Report on vaccination North-West Frontier Province 1904-1922 - 1904-1922
Year: 1904
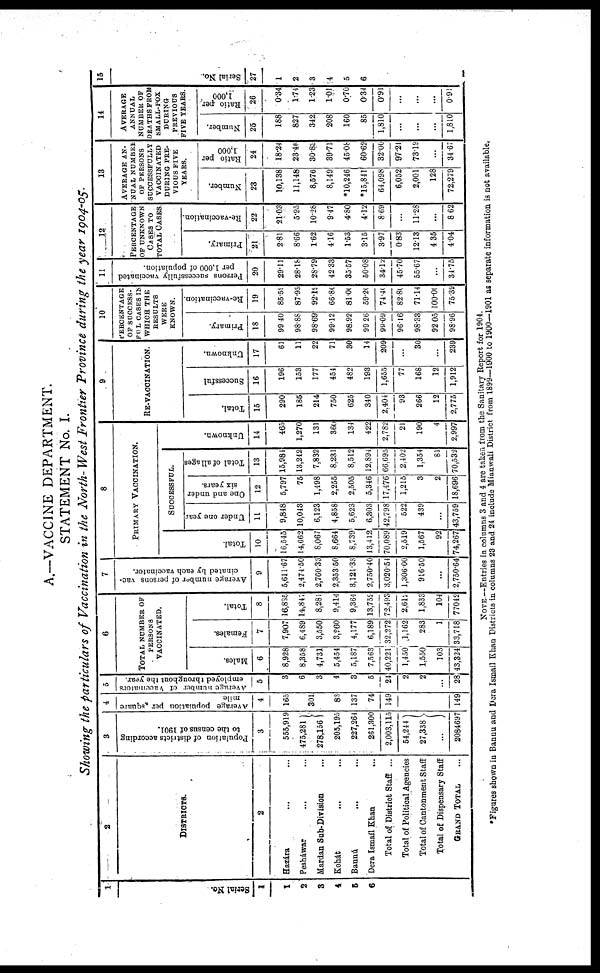
A.—VACCINE DEPARTMENT.
STATEMENT No. I.
Showing the particulars of Vaccination in the North- West Frontier Province during the year 1904-05.
1
Serial No.
1
1
2
3
4
5
6
2
DISTRICTS.
2
Hazára ... ...
Pesháwar ... ...
Mardan Sub-Division ...
Kohát ... ...
Bannú ... ...
Dera Ismaíl Khan ...
Total of District Staff ...
Total of Political Agencies
Total of Cantonment Staff
Total of Dispensary Staff
GRAND TOTAL ...
3
Population of districts according
to the census of 1901.
3
555,919
475,281
278,156
205,195
227,264
261,300
2,003,115
54,244
27,338
...
2084697
4
Average population per square
mile.
4
165
301
83
137
74
149
149
5
Average number of Vaccinators
employed throughout the year.
5
3
6
3
4
3
5
24
2
2
...
28
6
TOTAL NUMBER OF
PERSONS
VACCINATED.
Males.
6
8,928
8,358
4,731
5,454
5,187
7,563
40,221
1,450
1,550
103
43,324
Females.
7
7,907
6,489
3,550
3,960
4,177
6,189
32,272
1,162
283
1
33,718
Total.
8
16,835
14,847
8,281
9,414
9,364
13,752
72,493
2,612
1,833
104
77042
7
Average number of persons vac-
cinated by each vaccinator.
9
5,611.67
2,474.50
2,760.33
2,353.50
3,121.33
2,750.40
3,020.54
1,306.00
916.50
...
2,750.64
8
PRIMARY VACCINATION.
Total.
10
16,545
14,662
8,067
8,664
8,739
13,412
70,089
2,519
1,567
92
74,267
SUCCESSFUL.
Under one year
11
9,848
10,043
6,123
4,858
5,623
6,303
42,798
522
439
...
43,759
One and under
six years.
12
5,797
75
1,498
2,255
2,505
5,346
17,476
1,215
3
2
18,696
Total of all ages
13
15,984
13,242
7,832
8,231
8,512
12,894
66,695
2,402
1,354
81
70,532
Unknown.
14
465
1,270
131
360
134
422
2,782
21
190
4
2,997
9
RE-VACCINATION.
Total.
15
290
185
214
750
625
340
2,404
93
266
12
2,775
Successful
16
196
153
177
454
482
193
1,655
77
168
12
1,912
Unknown.
17
61
11
22
71
30
14
209
...
30
...
239
10
PERCENTAGE
OF SUCCESS-
FUL CASES IN
WHICH THE
RESULTS
WERE
KNOWN.
Primary.
18
99.40
98.88
98.69
99.12
98.92
99.26
99.09
96.16
98.33
92.05
98.96
Re-vaccination.
19
85.59
87.93
92.19
66.80
81.00
59.20
74.40
82.80
71.14
100.00
75.39
11
Persons successfully vaccinated
per 1,000 of population.
20
29.11
28.18
28.79
42.33
35.57
50.08
34.12
45.70
55.67
...
34.75
12
PERCENTAGE
OF UNKNOWN
CASES TO
TOTAL CASES
Primary.
21
2.81
8.66
1.62
4.16
1.53
3.15
3.97
0.83
12.13
4.35
4.04
Re-vaccination.
22
21.03
5.95
10.28
9.47
4.80
4.12
8.69
...
11.28
...
8.62
13
AVERAGE AN-
NUAL NUMBER
OF PERSONS
SUCCESSFULLY
VACCINATED
DURING PRE-
VIOUS FIVE
YEARS.
Number.
23
10,138
11,148
8,576
8,149
*10,246
*15,841
64,098
6,052
2,001
128
72,279
Ratio per
1,000
24
18.24
23.46
30.83
39.71
45.08
60.62
32.00
97.21
73.19
...
34.67
14
AVERAGE
ANNUAL
NUMBER OF
DEATHS FROM
SMALL-POX
DURING
PREVIOUS
FIVE YEARS.
Number.
25
188
827
342
208
160
85
1,810
...
...
...
1,810
Ratio per
1,000
26
0.34
1.74
1.23
1.01
0.70
0.34
0.91
...
...
...
0.91
15
Serial No.
27
1
2
3
4
5
6
NOTE—Entries in columns 3 and 4 are taken from the Sanitary Report for 1904.
*Figures shown in Bannu and Dera Ismail Khan Districts in columns 23 and 24 include Mianwali District from 1899—1900 to 1900—1901 as separate information is not available.